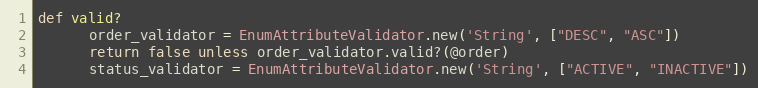
Language: Ruby
def valid?
      order_validator = EnumAttributeValidator.new('String', ["DESC", "ASC"])
      return false unless order_validator.valid?(@order)
      status_validator = EnumAttributeValidator.new('String', ["ACTIVE", "INACTIVE"])